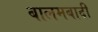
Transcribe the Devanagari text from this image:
बालमबादी